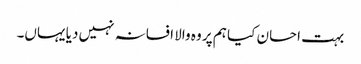
بہت احسان کیا ہم پر وہ والا افسانہ نہیں دیا یہاں۔